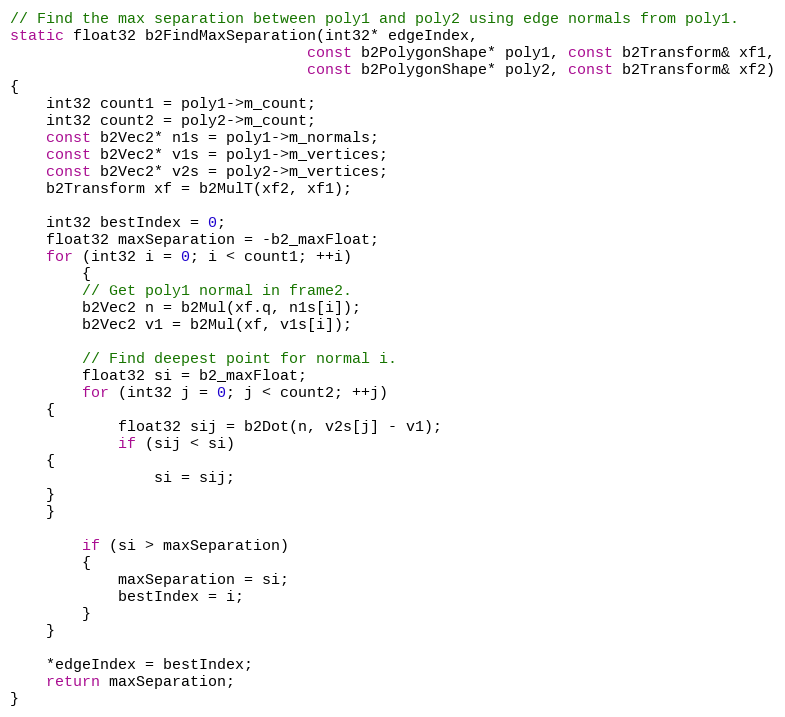
Language: C++
// Find the max separation between poly1 and poly2 using edge normals from poly1.
static float32 b2FindMaxSeparation(int32* edgeIndex,
								 const b2PolygonShape* poly1, const b2Transform& xf1,
								 const b2PolygonShape* poly2, const b2Transform& xf2)
{
	int32 count1 = poly1->m_count;
	int32 count2 = poly2->m_count;
	const b2Vec2* n1s = poly1->m_normals;
	const b2Vec2* v1s = poly1->m_vertices;
	const b2Vec2* v2s = poly2->m_vertices;
	b2Transform xf = b2MulT(xf2, xf1);

	int32 bestIndex = 0;
	float32 maxSeparation = -b2_maxFloat;
	for (int32 i = 0; i < count1; ++i)
		{
		// Get poly1 normal in frame2.
		b2Vec2 n = b2Mul(xf.q, n1s[i]);
		b2Vec2 v1 = b2Mul(xf, v1s[i]);

		// Find deepest point for normal i.
		float32 si = b2_maxFloat;
		for (int32 j = 0; j < count2; ++j)
	{
			float32 sij = b2Dot(n, v2s[j] - v1);
			if (sij < si)
	{
				si = sij;
	}
	}

		if (si > maxSeparation)
		{
			maxSeparation = si;
			bestIndex = i;
		}
	}

	*edgeIndex = bestIndex;
	return maxSeparation;
}